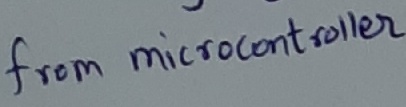
Text: from microcontroller